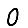
Digit: 0